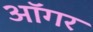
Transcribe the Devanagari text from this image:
ऑगर